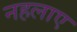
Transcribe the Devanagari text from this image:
नहलाए